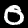
Digit: 0